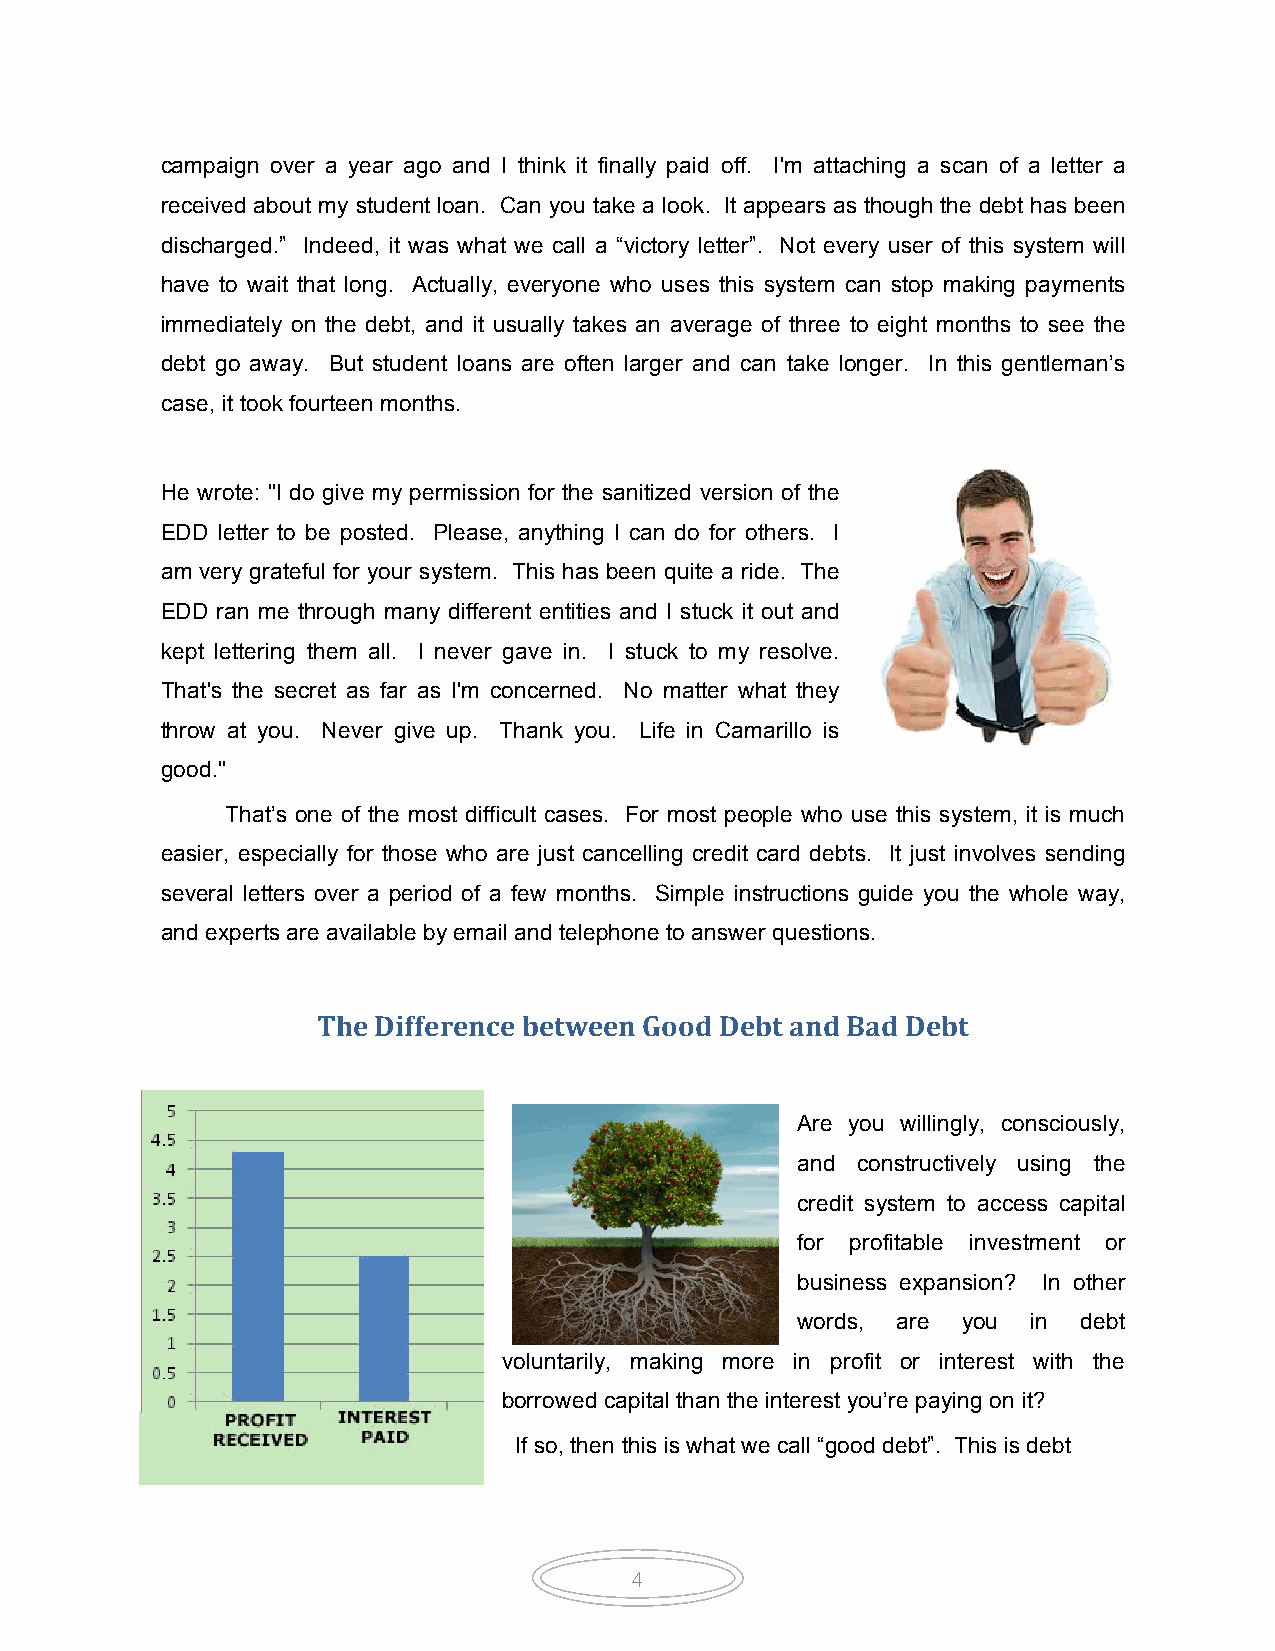
campaign over a year ago and I think it finally paid off. I'm attaching a scan of a letter a
 received about my student loan. Can you take a look. It appears as though the debt has been
 discharged.” Indeed, it was what we call a “victory letter”. Not every user of this system will
 have to wait that long. Actually, everyone who uses this system can stop making payments
 immediately on the debt, and it usually takes an average of three to eight months to see the
 debt go away. But student loans are often larger and can take longer. In this gentleman’s
 case, it took fourteen months.
 He wrote: "I do give my permission for the sanitized version of the
 EDD letter to be posted. Please, anything I can do for others. I
 am very grateful for your system. This has been quite a ride. The
 EDD ran me through many different entities and I stuck it out and
 kept lettering them all. I never gave in. I stuck to my resolve.
 That's the secret as far as I'm concerned. No matter what they
 throw at you. Never give up. Thank you. Life in Camarillo is
 good."
 That’s one of the most difficult cases. For most people who use this system, it is much
 easier, especially for those who are just cancelling credit card debts. It just involves sending
 several letters over a period of a few months. Simple instructions guide you the whole way,
 and experts are available by email and telephone to answer questions.
 The Difference between Good Debt and Bad Debt
 Are you willingly, consciously,
 and constructively using the
 credit system to access capital
 for profitable investment or
 business expansion? In other
 words, are you in  debt
 voluntarily, making more in profit or interest with the
 borrowed capital than the interest you’re paying on it?
 If so, then this is what we call “good debt”. This is debt
 4